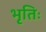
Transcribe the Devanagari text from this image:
भृतिः